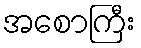
အစောကြီး